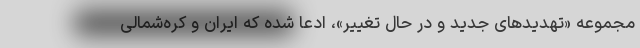
مجموعه «تهدیدهای جدید و در حال تغییر»، ادعا شده که ایران و کره‌شمالی